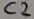
Text: C2